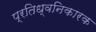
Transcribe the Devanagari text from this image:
प्रतिध्वनिकारक